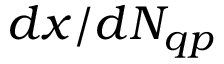
d x / d N _ { q p }